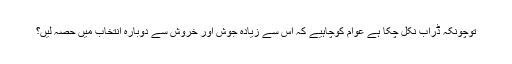
توچونکہ ڈراب نکل چکا ہے عوام کوچاہیے کہ اس سے زیادہ جوش اور خروش سے دوبارہ انتخاب میں حصہ لیں؟